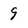
Character: 9